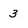
Character: 3